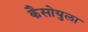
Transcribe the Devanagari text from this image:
कैसोयुला